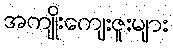
အကျိုးကျေးဇူးများ